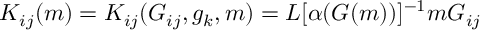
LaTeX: K _ { i j } ( m ) = K _ { i j } ( G _ { i j } , g _ { k } , m ) = L [ \alpha ( G ( m ) ) ] ^ { - 1 } m G _ { i j }